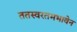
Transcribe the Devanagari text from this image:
ततस्वरतमभावेन